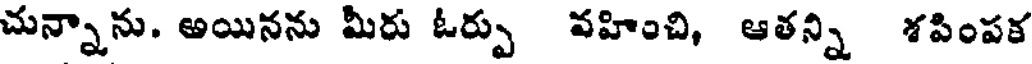
చున్నాను. అయినను మీరు ఓర్పు వహించి, ఆతన్ని శపింపక